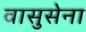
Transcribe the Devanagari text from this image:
वासुसेना